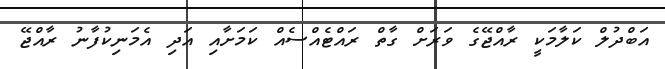
އަބްދުލް ކަލާމަކީ ރާއްޖޭގެ ވަރަށް ގާތް ރައްޓެއްސެއް ކަމަށާއި އަދި އެމަނިކުފާނު ރާއްޖޭ